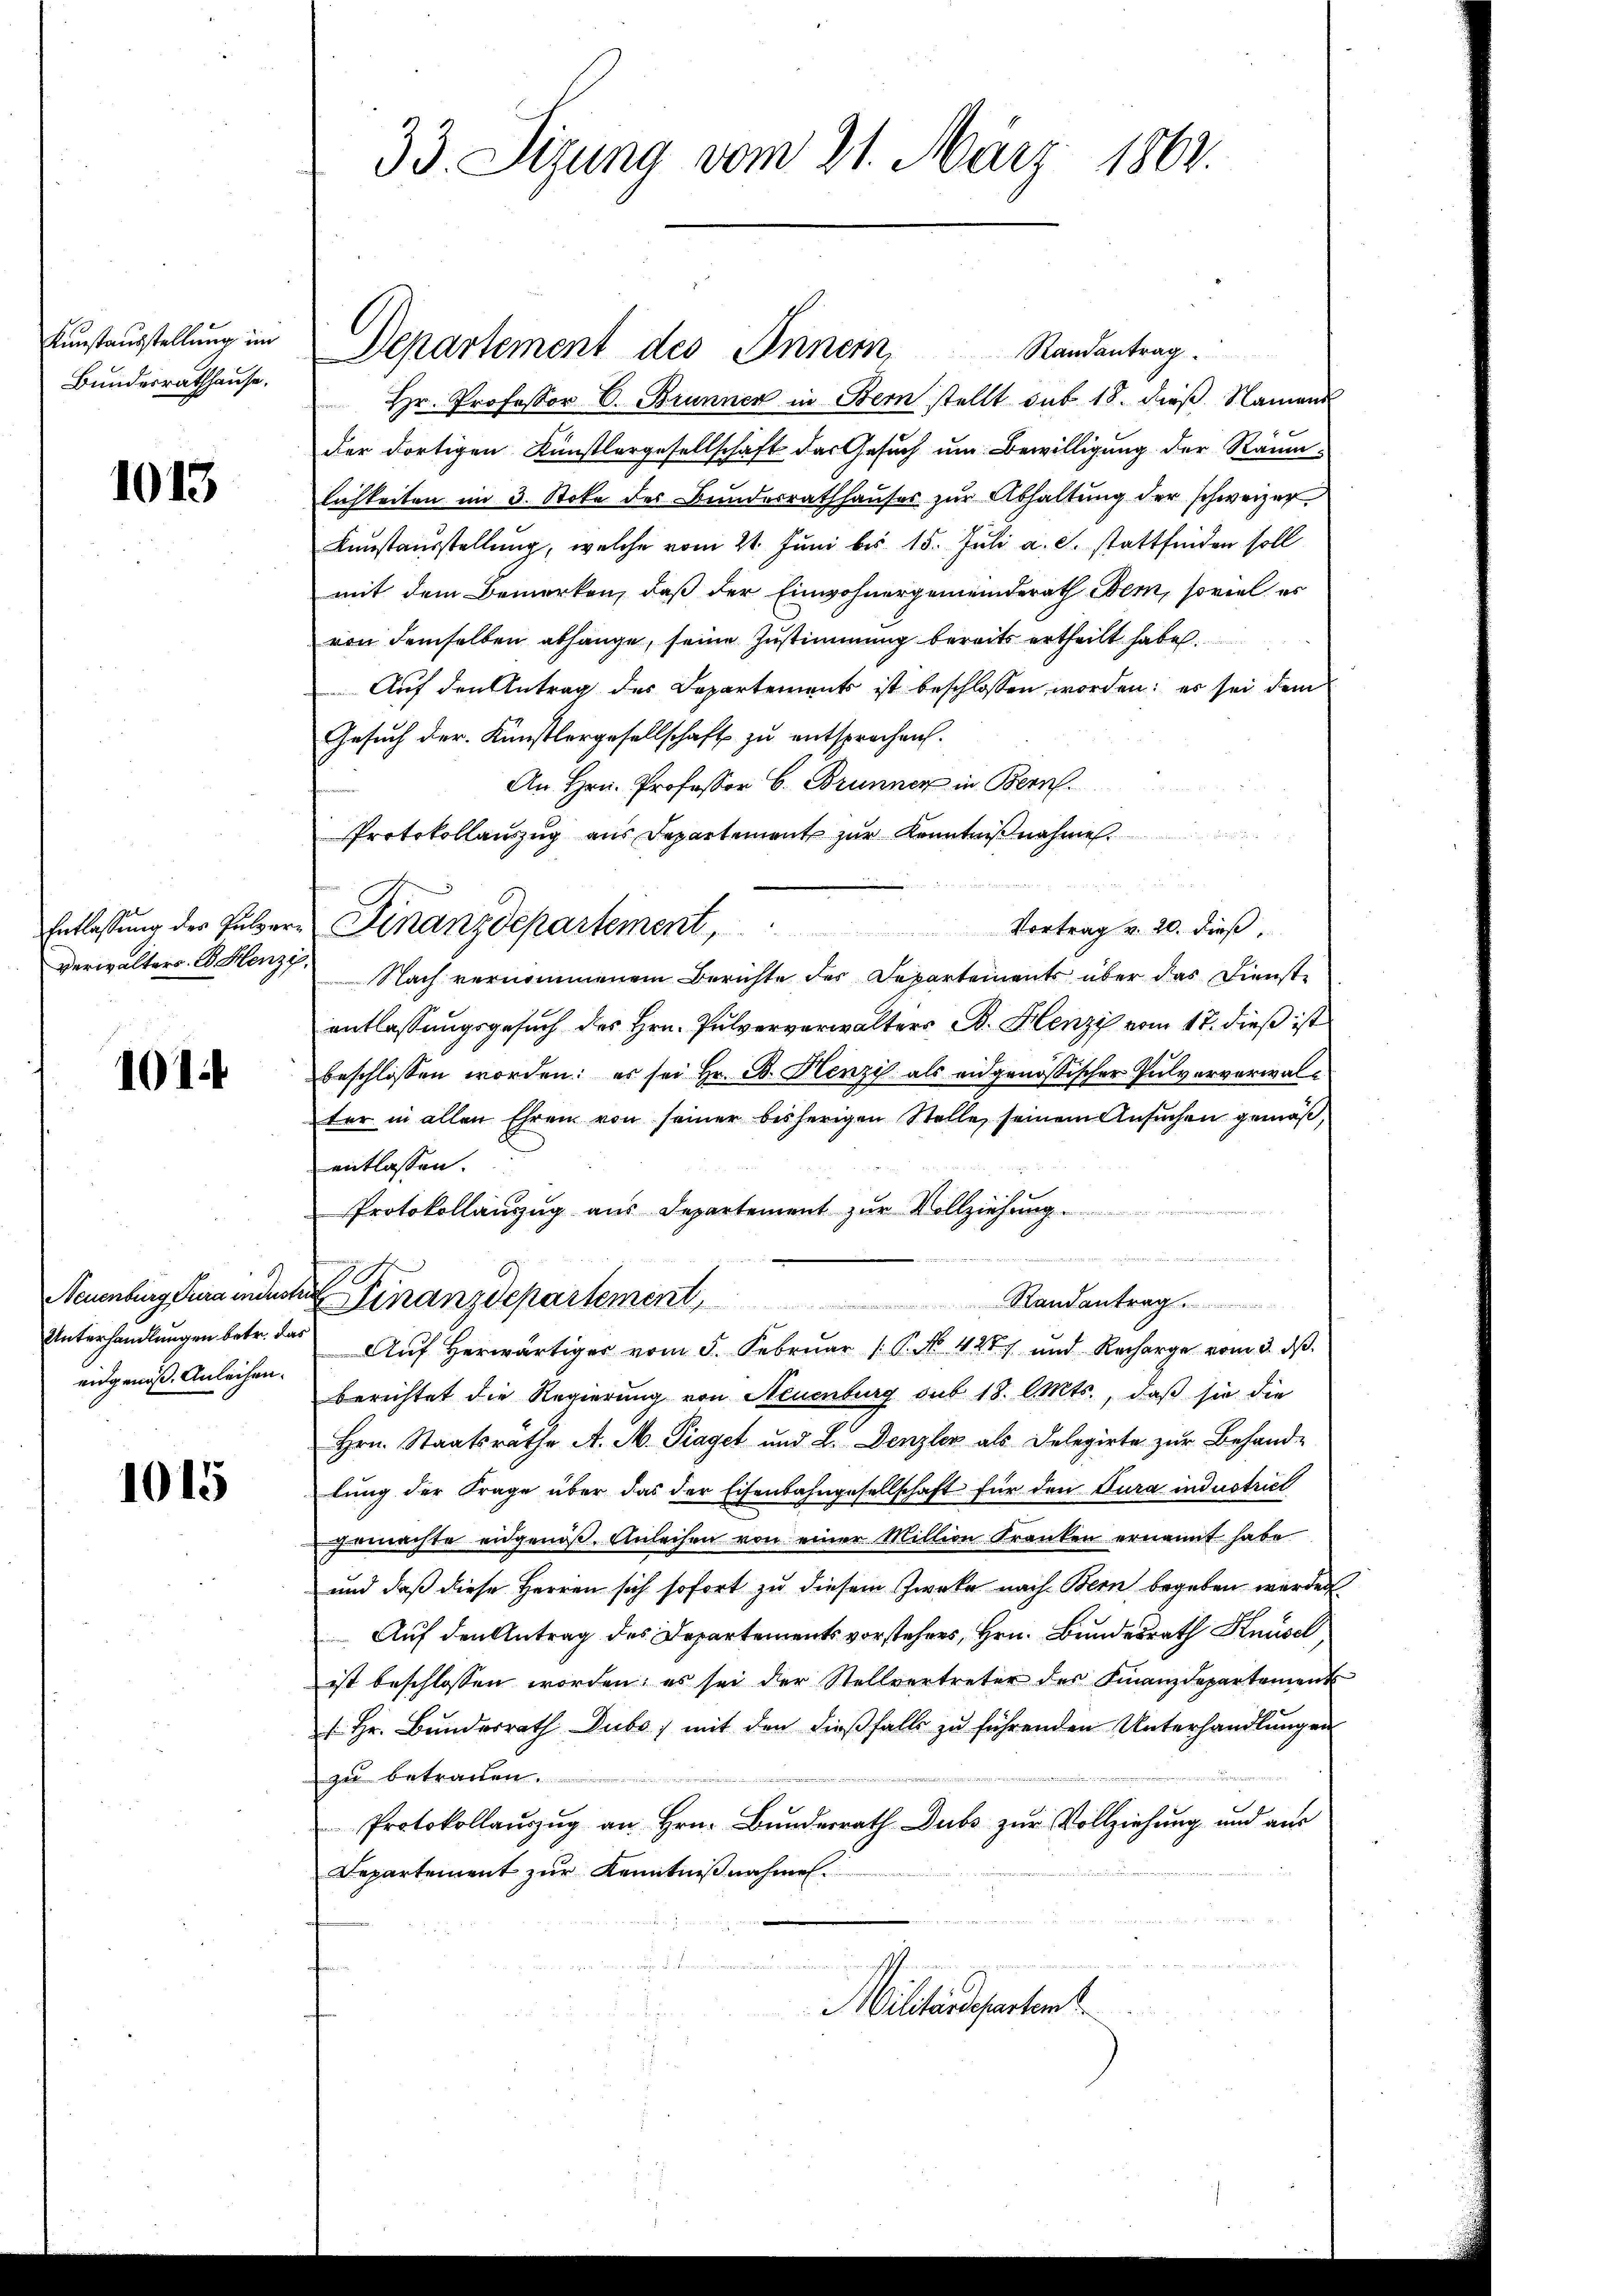
Kunstausstellung im
Bundesrathhause.

1013

Entlassung des Pulver¬
Verwalters. E Henze

101.

Neuenburg Cura industr.
Unterhandlungen betr. daeidgenoß. Anleihen.

1015

33. Sizung vom 21. März 1804.

Randantrag
 Hr. Professor C. Brunner in Bern stellt sub 18. dieß Namens
der dortigen Künstlergesellschaft das Gesuch um Bewilligung der Räumlichkeiten im 3. Stoke des Bundesrathhauses zur Abhaltung der schweizer
Kunstausstellung, welche vom 21. Juni bis 15. Juli a. c. stattfinden soll
mit dem Bemerken, daß der Einwohnergemeinderath Bern, soviel er
von demselben abhänge, seine Zustimmung bereits ertheilt habe.
Auf den Antrag des Departements ist beschlossen worden; er sei dem
Gesuch der Künstlergesellschaft zu entsprochen.
An Hrn. Professor C. Brunner in Bern.
Protokollauszug aus Departement zur Kenntnißnahme
Finanzdepartement
Vortrag v. 20. dieß,
Nach vernommenem Berichte der Departements über das Dienste
entlassungsgesuch des Hrn. Pulververwalters B. Henzi vom 17. dieß ist
beschlossen worden: es sei Hr. B. Henzi als eidgenössischer Pulververwalter in allen Ehren von seiner bisherigen Stelle seinem Ansuchen gemäß,
entlassen.
Protokollanzug aus Departement zur Vollziehung
2
Einanzdepartement, Randantrag.
Auf Herwärtiger vom 5. Februar (P. No. 427 und Recharge vom 3. dβ.
berichtet die Regierung von Neuenburg sub 18. l. Mts., daß sie die
Hrn. Staatsrathe A. M. Traget und L. Denzler als Delegirte zur Behand-
lŭng der Frage über das der Eisenbahngesellschaft für den Cura industrict
gemachte eidgenöß. Anleihen von einer Million Kranken ernannt habe
und daß diese Herren sich sofort zu diesem Zweke nach Bern begeben werden
Auf den Antrag des Departements vorstehens, Hrn. Bundesrath Knüsel
ist beschlossen worden; es sei der Stellvertreter der Finanzdepartements
 Hr. Bunderrath Dubo; mit den dießfalls zu führenden Unterhandlungen
zu betrauen.
Protokollaŭszŭg an Hrn. Bŭndesrath Dubs zŭr Vollziehung und aus
Departement zur Kenntnißnahmen.
Militärdepartent

Departement des Innern